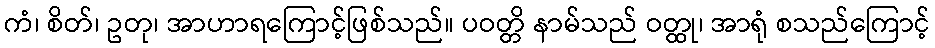
ကံ၊ စိတ်၊ ဥတု၊ အာဟာရကြောင့်ဖြစ်သည်။ ပဝတ္တိ နာမ်သည် ဝတ္ထု၊ အာရုံ စသည်ကြောင့်